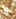
إن